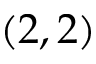
( 2 , 2 )